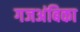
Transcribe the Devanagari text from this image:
गजअंबिका